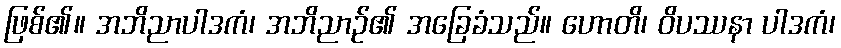
ဖြစ်၏။ အဘိညာပါဒကံ၊ အဘိညာဉ်၏ အခြေခံသည်။ ဟောတိ၊ ဝိပဿနာ ပါဒကံ၊